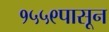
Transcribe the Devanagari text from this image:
१५५९पासून